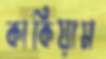
কাকিয়াম